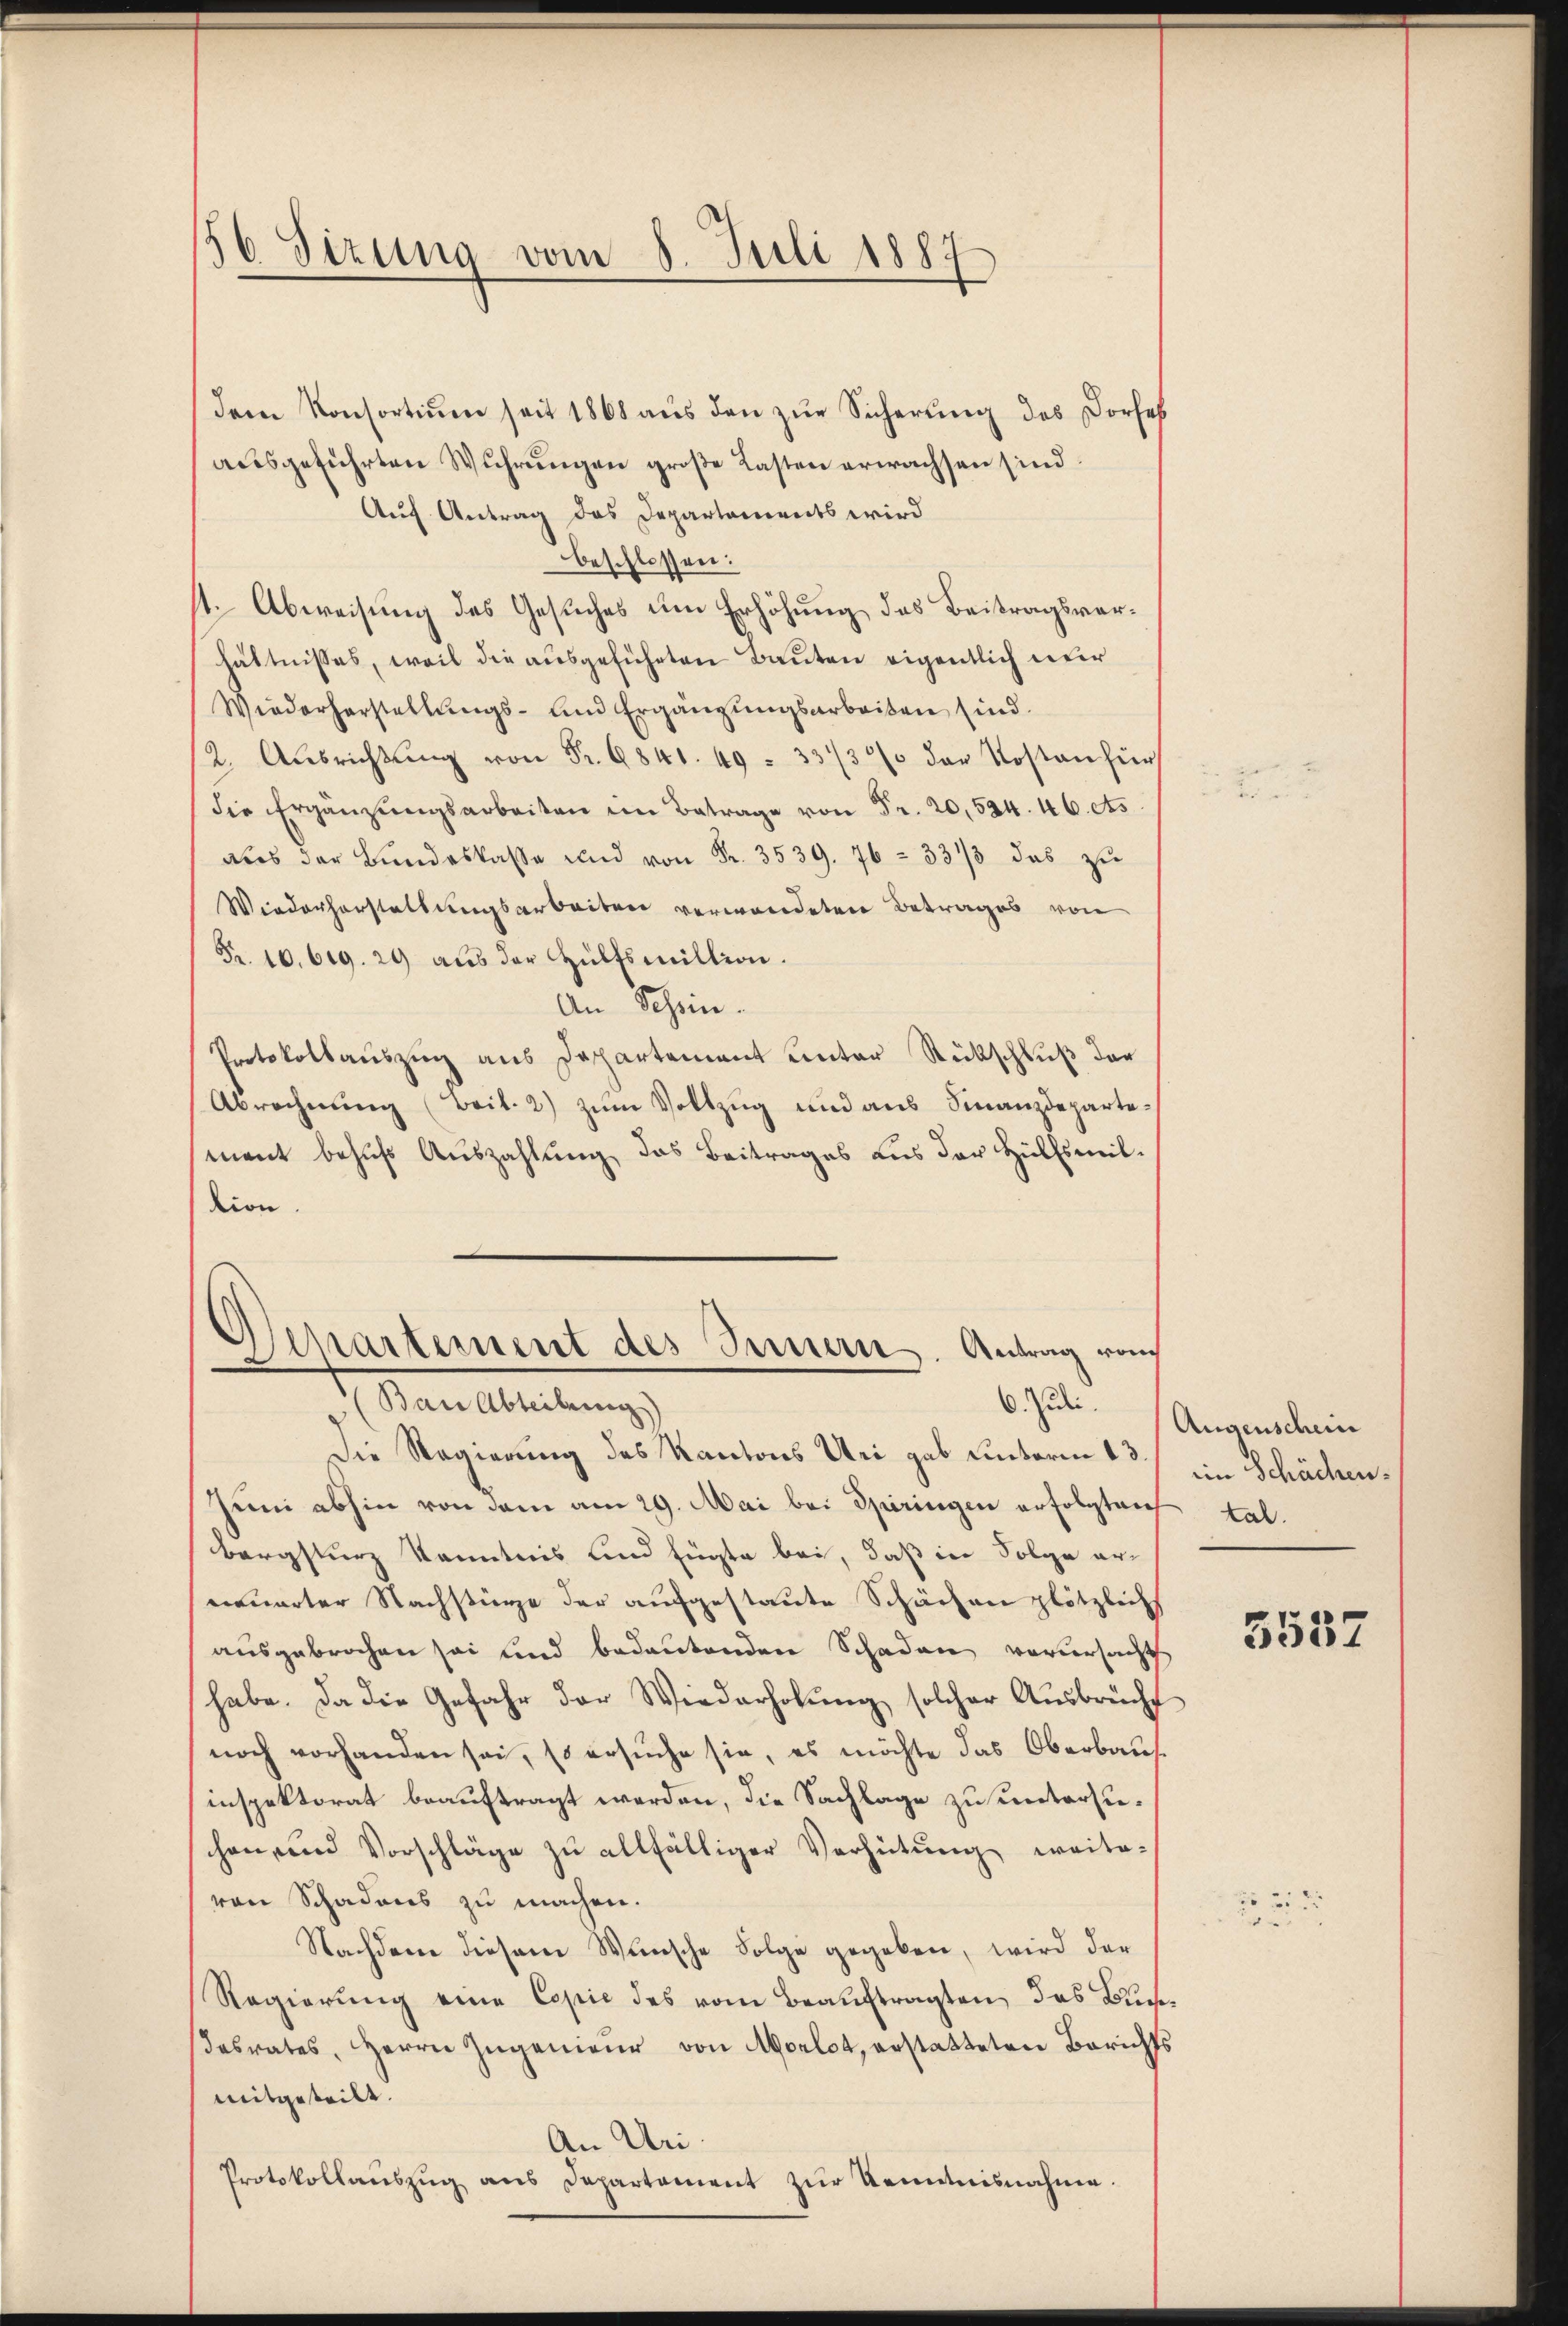
56 Sizung vom 8. Juli 1887

dem Konsortium seit 1868 aus den zur Sicherung des Dorseh
ausgeführten Wuhrungen große Kasten erwachsen sind.
Auf Antrag des Departaments wird
beschlossen:
st. Abweisung des Gesuches um Erhöhung das Beitragsverhältnisses, weil die ausgeführten Bauten eigentlich nur
Wiederherstellŭngs- und Ergänzŭngsarbeiten sind.
2. Aŭsrichtŭng von Fr. 9841. 49. 333 der Kosten für
Die Ergänzŭngsarbeiten im Betrage von Fr. 20,524. 46. As
aus der Bundeskasse und von Fr. 3539. 76 = 33/3 das zu
Wiederhorstellungsarbeiten verwordeten Betrages von
Fr. 10. 619. 29 aŭs der Hülfsmillion.
An Schein.
Protokollauszug aus Departement unter Rückschluß der
Abrechnung (Beil. 2) zum Vollzug und aus Finanzdepartement behŭfs Aŭszahlŭng das Beitrages aus der Hülfsmiltion
Departement des Innern. Antrag von
6. Jede
(Ban Abteilung)
Die Regierung des Kantons Uri gab unterm 13.
Juni abhin von dem am 29. Mai bei Spiringen erfolgteich
Bergsturz Kenntnis und fügte bei, daß in Folge erneuerter Nachstürze der aufgestaute Schächen plötzlich
ausgebrochen sei und bedeutenden Schaden verursacht
habe. Da die Gefahr der Wiederholung solcher Ausbrücht
noch vorhanden sei, so ersuche sie, es möchte das Oberbaus
inspektorat beauftragt werden, die Sachlage zu untersuchen und Vorschläge zu allfälliger Verhütung weite-
von Schadens zu machen.
Nachdem diesem Wunsche Folge gegeben, wird der
Regierung eine Copie des vom Beauftragten, das Buch
abrates, Herrn Zŭgenieŭr von Morlot, erstatteten Berichts
mitgeteilt.
An Uri.
Protokollauszug aus Departement zur Kenntnisnahme.

Augenschein
im Schächen.
tal.

5557